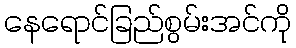
နေရောင်ခြည်စွမ်းအင်ကို